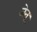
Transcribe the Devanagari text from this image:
जेनू